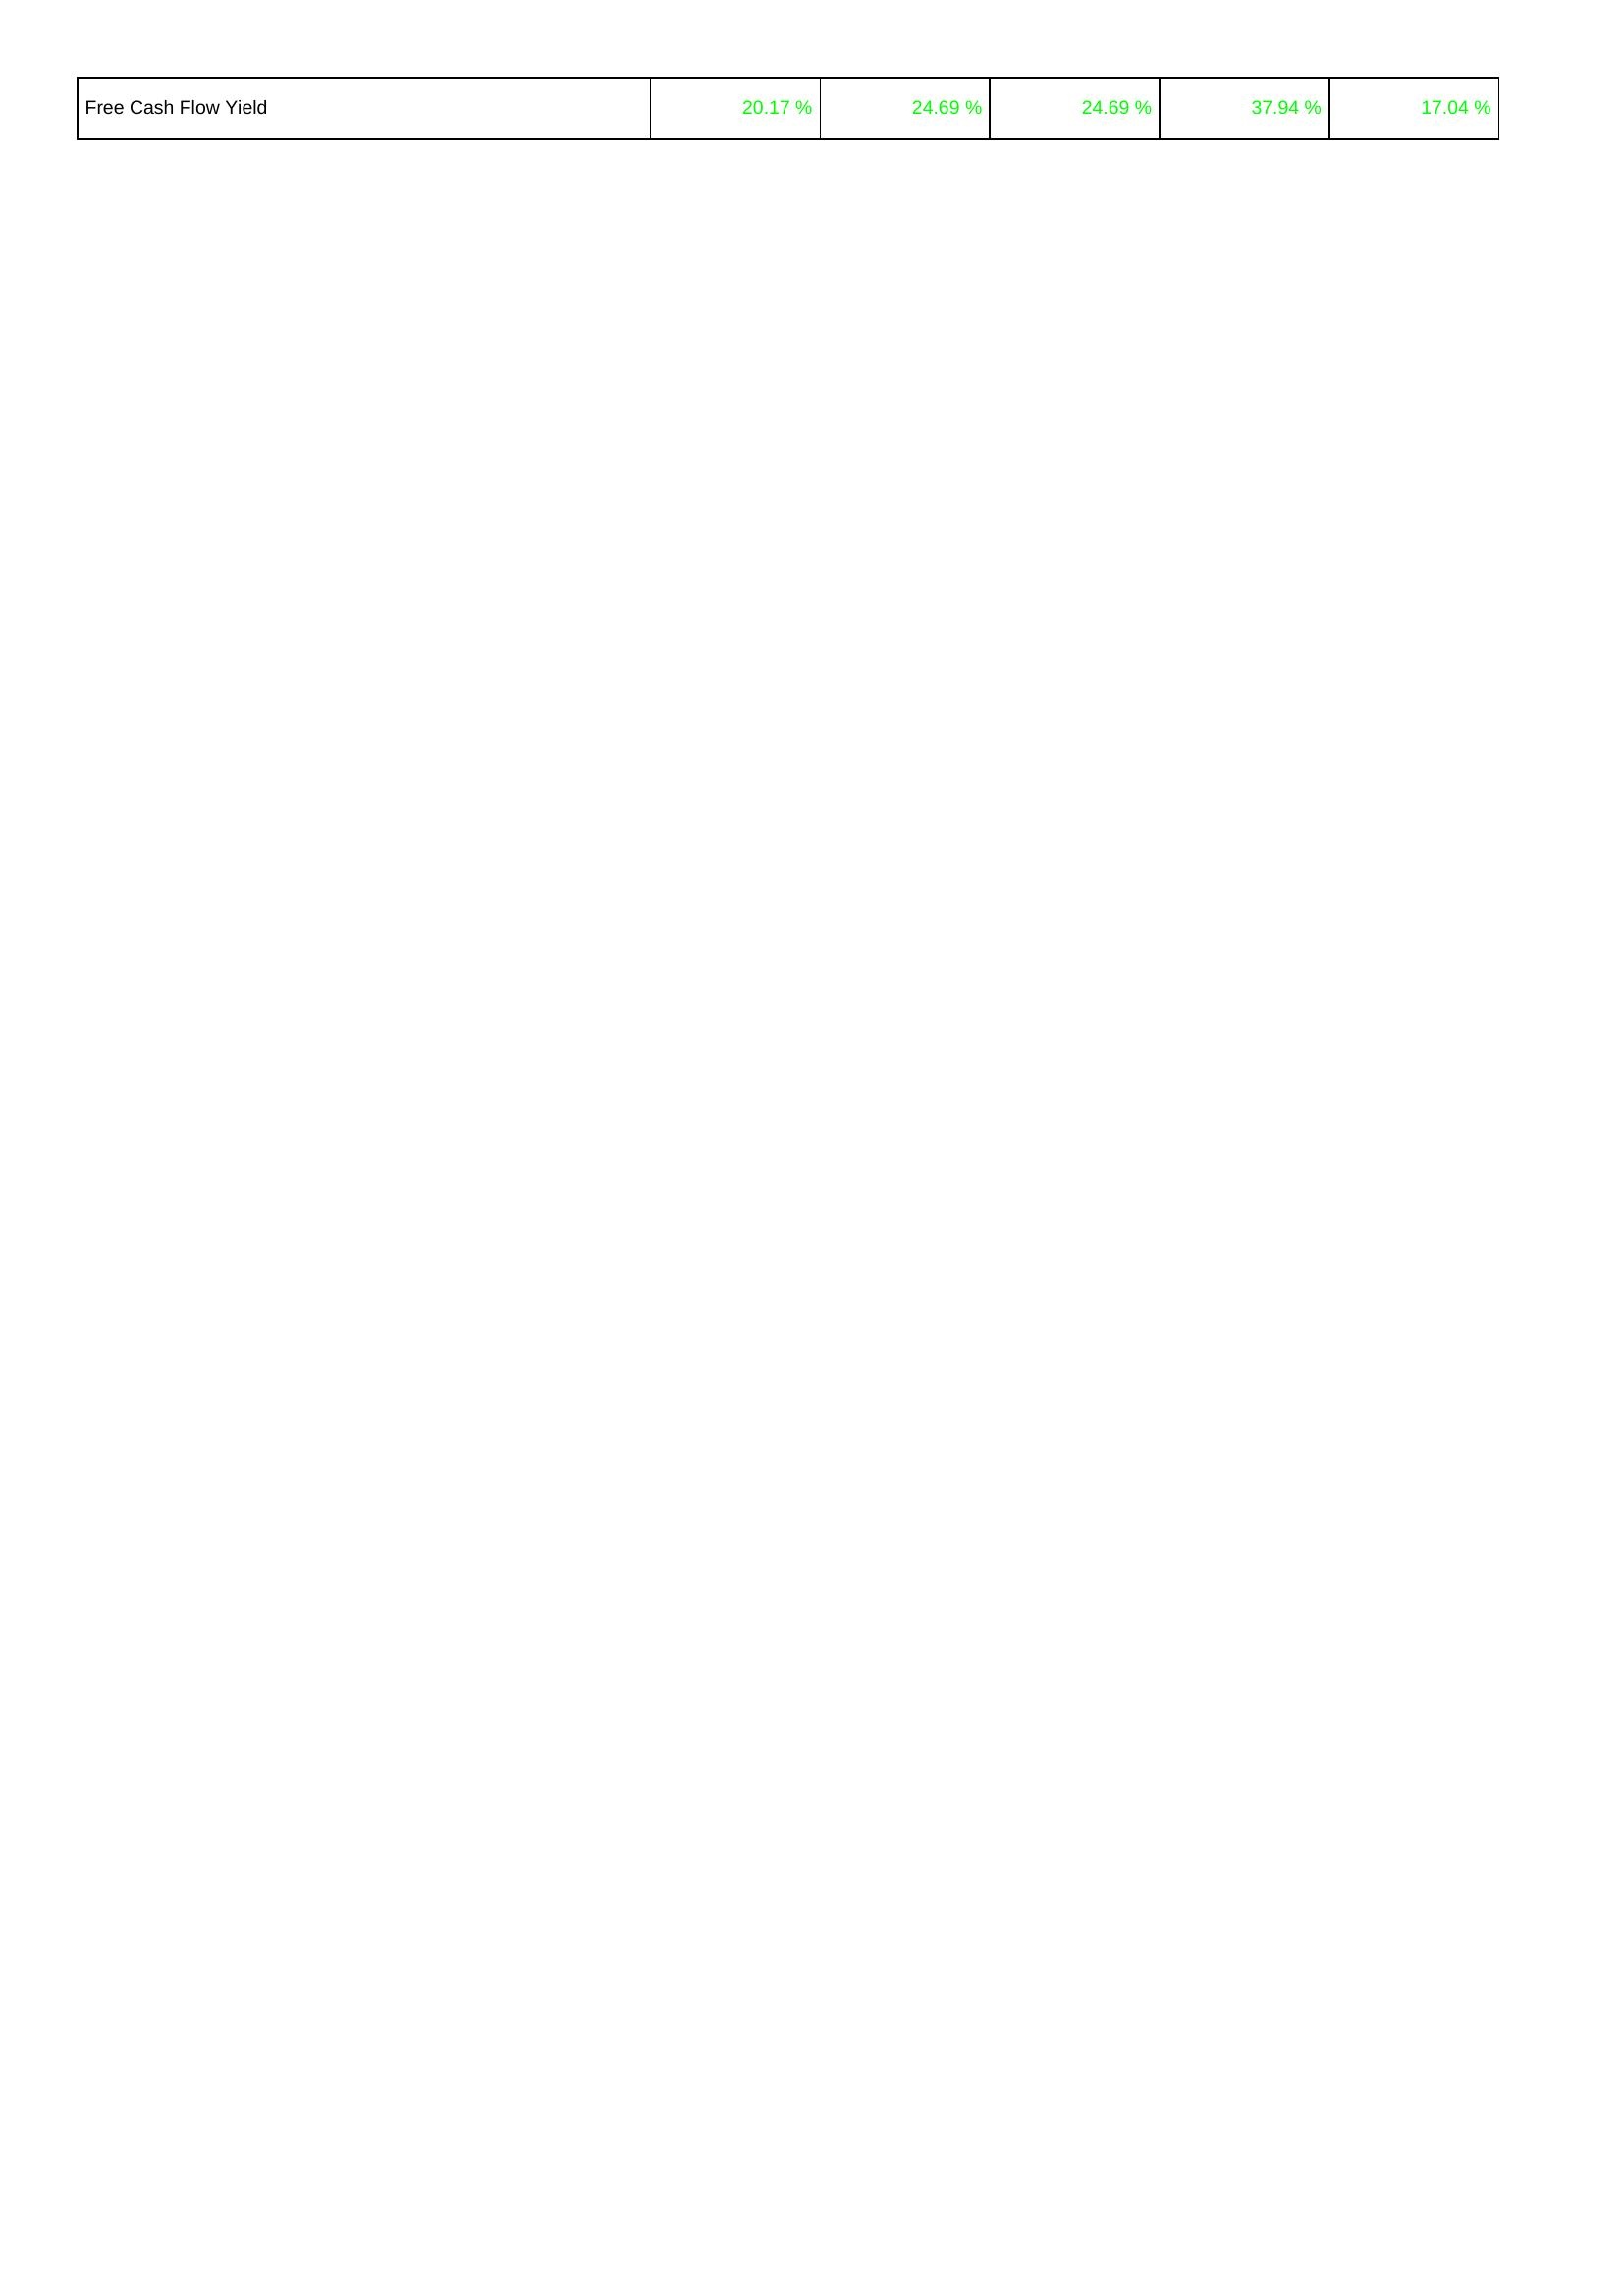
2013: Financing Activities: Free Cash Flow Yield: 20.17 %
2014: Financing Activities: Free Cash Flow Yield: 24.69 %
2015: Financing Activities: Free Cash Flow Yield: 24.69 %
2016: Financing Activities: Free Cash Flow Yield: 37.94 %
2017: Financing Activities: Free Cash Flow Yield: 17.04 %